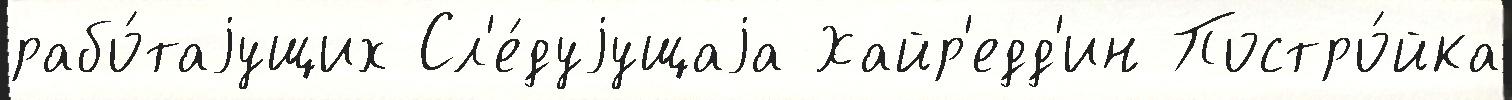
рабо́таjущих Сл'е́дуjущаjа Хайр'едд'ин Постро́йка